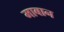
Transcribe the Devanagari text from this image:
माबान